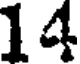
14